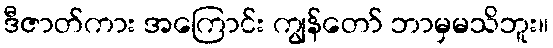
ဒီဇာတ်ကား အကြောင်း ကျွန်တော် ဘာမှမသိဘူး။